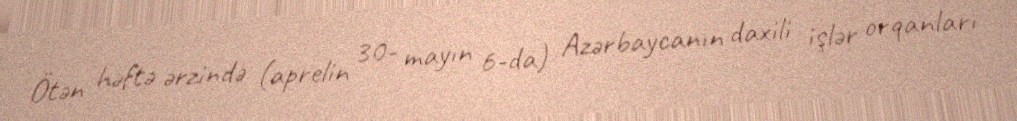
Ötən həftə ərzində (aprelin 30- mayın 6-da) Azərbaycanın daxili işlər orqanları